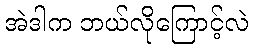
အဲဒါက ဘယ်လိုကြောင့်လဲ